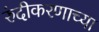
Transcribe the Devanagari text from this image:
रुंदीकरणाच्या